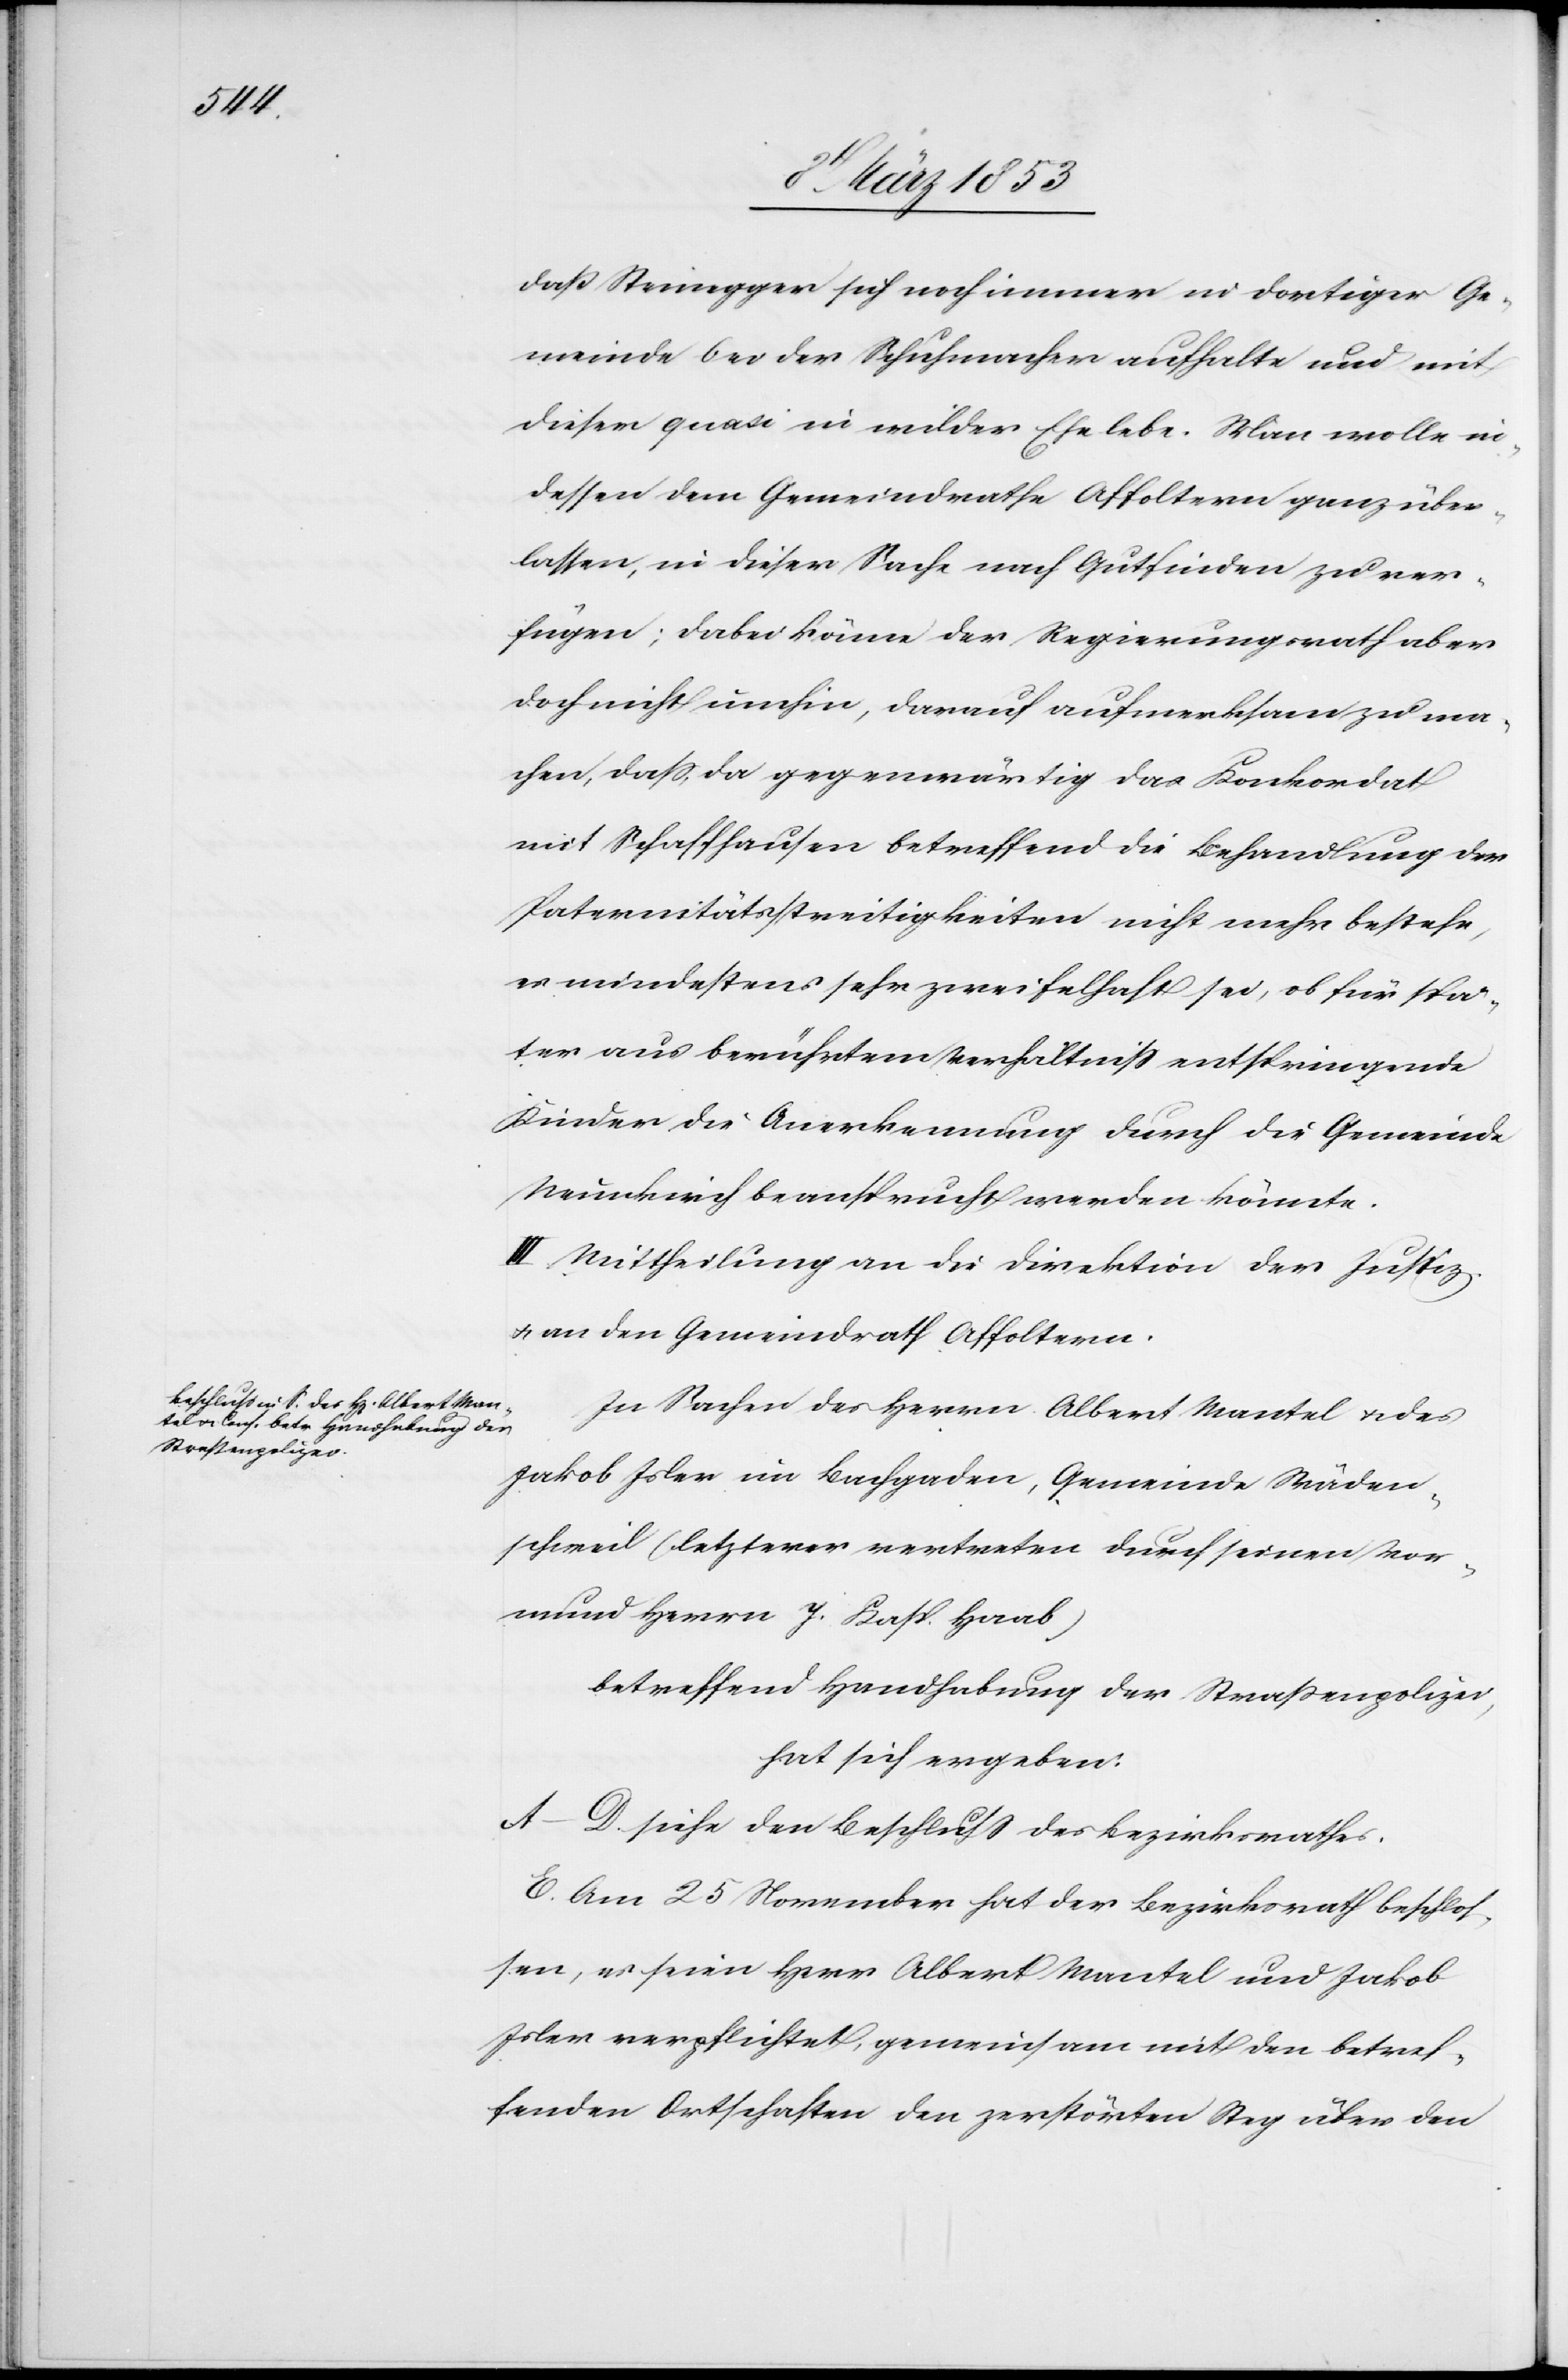
daß Steinegger sich noch immer in dortiger Ge¬
meinde bei der Schuhmacher aufhalte und mit
dieser quasi in wilder Ehe lebe. Man wolle in¬
dessen dem Gemeindrathe Affoltern ganz über¬
lassen, in dieser Sache nach Gutfinden zu ver¬
fügen; dabei käme der Regierungsrath aber
doch nicht umhin, darauf aufmerksam zu ma¬
chen, daß, da gegenwärtig das Konkordat
mit Schaffhausen betreffend die Behandlung der
Paternitätsstreitigkeiten nicht mehr bestehe,
es mindestens sehr zweifelhaft sei, ob für spä¬
ter aus berührtem Verhältniß entspringende
Kinder die Anerkennung durch die Gemeinde
Neunkirch beansprucht werden könnte.
III. Mittheilung an die Direktion der Justiz
u. an den Gemeindrath Affoltern.
In Sachen des Herrn Albert Mantel u. des
Jakob Isler in Bachgaden, Gemeinde Wäden¬
schweil (letzterer vertreten durch seinen Vor¬
mund Herrn J. Kasp. Haab)
betreffend Handhabung der Straßenpolizei,
hat sich ergeben:
A.–D. siehe der Beschluß des Bezirksrathes.
E. Am 25. November hat der Bezirksrath beschlos¬
sen, es seien Herr Albert Mantel und Jakob
Isler verpflichtet, gemeinsam mit den betref¬
fenden Ortschaften den zerstörten Weg über den